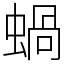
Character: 蝸